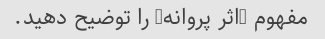
مفهوم "اثر پروانه" را توضیح دهید.